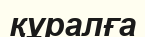
құралға